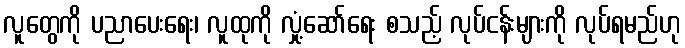
လူတွေကို ပညာပေးရေး၊ လူထုကို လှုံ့ဆော်ရေး စသည့် လုပ်ငန်းများကို လုပ်ရမည်ဟု